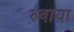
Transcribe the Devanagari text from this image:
रुवाया